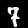
Digit: 7